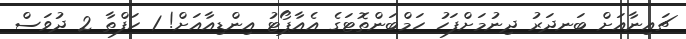
ޗައިނާއަށް ބަނދަރު ދިނުމަށްފަހު ހަމްބަންތޮޓަގެ އެއާޕޯޓު އިންޑިއާއަށް! 1 ހަފްތާ 2 ދުވަސް